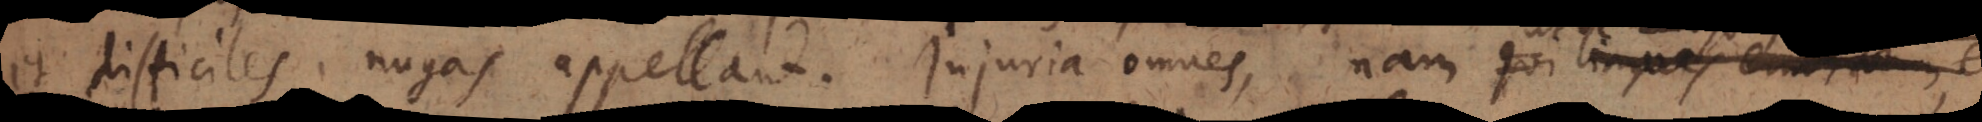
et difficiles nugas appellant. Injuria omnes, nam qui linguas erudito